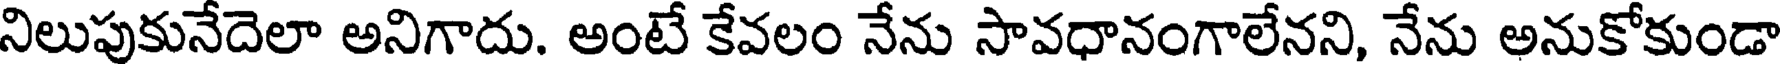
నిలుపుకునేదెలా అనిగాదు. అంటే కేవలం నేను సావధానంగాలేనని, నేను అనుకోకుండా